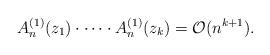
LaTeX: \begin{align*} A_n^{(1)}(z_1) \cdot \cdots \cdot A_n^{(1)}(z_k) = \mathcal{O}(n^{k+1}). \end{align*}